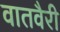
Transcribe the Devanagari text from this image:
वातवैरी